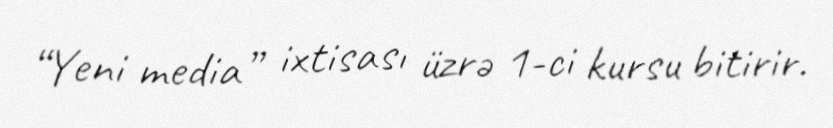
“Yeni media” ixtisası üzrə 1-ci kursu bitirir.